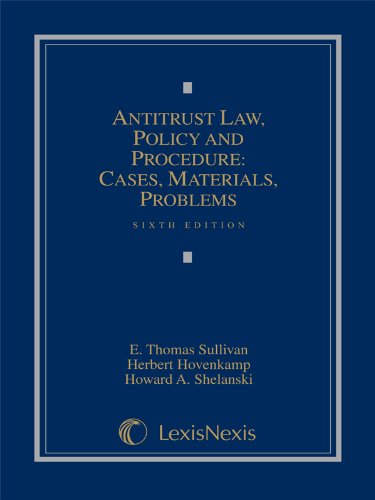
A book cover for Antitrust Law, Policy and Procedure: Cases, Materials, Problems Sixth Edition; E. Thomas Sullivan; Law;